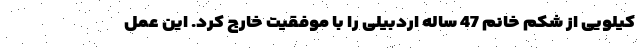
کیلویی از شکم خانم 47 ساله اردبیلی را با موفقیت خارج کرد. این عمل